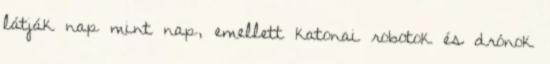
látják nap mint nap, emellett katonai robotok és drónok